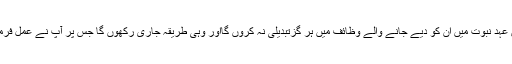
میں عہد نبوت میں ان کو دیے جانے والے وظائف میں ہر گزتبدیلی نہ کروں گااور وہی طریقہ جاری رکھوں گا جس پر آپ نے عمل فرمایا۔